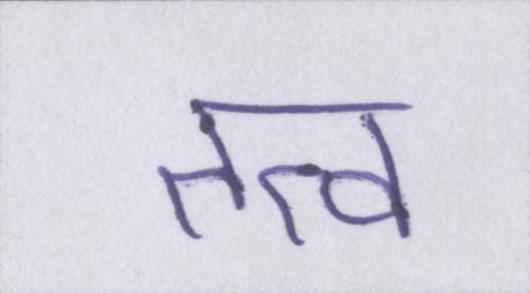
तत्व